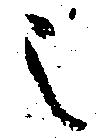
之